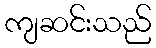
ကျဆင်းသည်